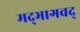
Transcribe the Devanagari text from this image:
मद्‌भागवद्‌